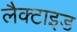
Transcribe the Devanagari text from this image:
लैक्टाइड